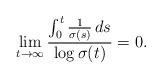
LaTeX: \begin{align*} \lim_{t\to\infty} \frac{\int_0^t \frac{1}{\sigma(s)}\,ds}{\log \sigma(t)}=0.\end{align*}